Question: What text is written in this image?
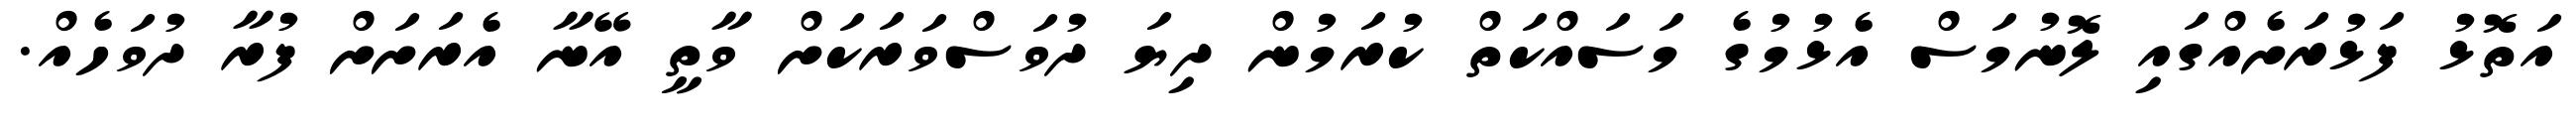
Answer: އަތޮޅު ފަޅުރަށެއްގައި ލޮނުމަސް އެޅުމުގެ މަސައްކަތް ކުރަމުން ދިޔަ ދުވަސްވަރަކަށް ވާތީ އޭނާ އެރަށަށް ފުރާ ދުވަހެއް.